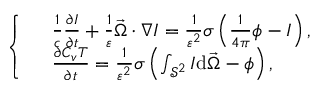
\left\{ \begin{array} { r l } & { \frac { 1 } { c } \frac { \partial I } { \partial t } + \frac { 1 } { \varepsilon } \vec { \Omega } \cdot \nabla I = \frac { 1 } { \varepsilon ^ { 2 } } \sigma \left( \frac { 1 } { 4 \pi } \phi - I \right) , } \\ & { \frac { \partial C _ { v } T } { \partial t } = \frac { 1 } { \varepsilon ^ { 2 } } \sigma \left( \int _ { \mathcal { S } ^ { 2 } } I \mathrm { d } \vec { \Omega } - \phi \right) , } \end{array} \right.